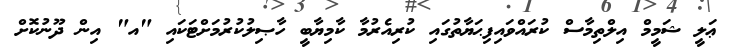
ޢަލީ ޝަމީމް އިލްތިމާސް ކުރައްވައިފިޙަޔާތުގައި ކުރިއެރުމާ ކާމިޔާބީ ހާޞިލުކުރުމަށްޓަކައި "އ" އިން ދޫނުކޮށް